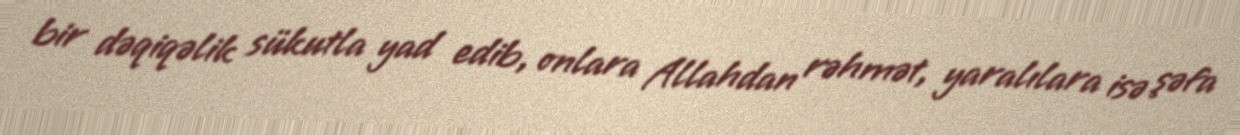
bir dəqiqəlik sükutla yad edib, onlara Allahdan rəhmət, yaralılara isə şəfa